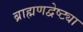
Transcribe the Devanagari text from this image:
ब्राह्मणद्वेष्ट्या